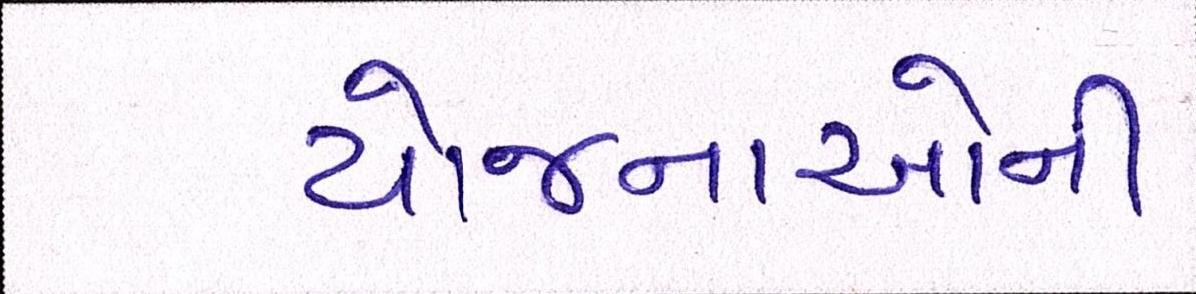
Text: યોજનાઓની